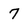
Character: 7